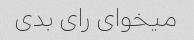
میخوای رای بدی